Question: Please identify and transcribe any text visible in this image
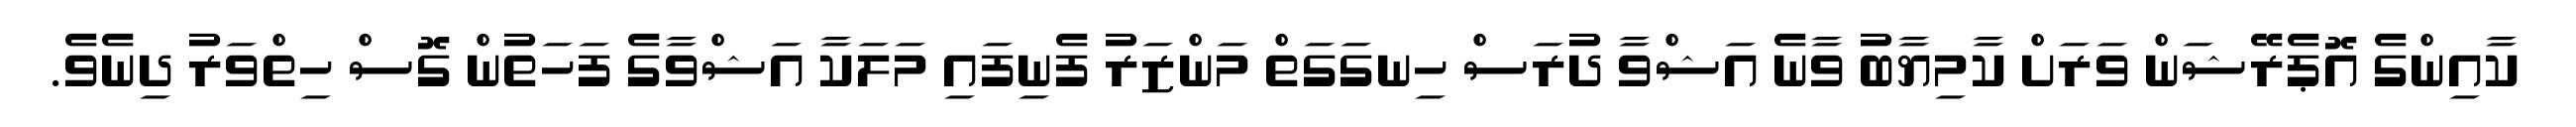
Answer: ކާއިންގެ އޮޕެރޭޝަން ވަރަށް ކާމިޔާބު ވާނެ އަޝްވާ ދުރަސް ހިނގަގަތް މަންޒަރު ފެނިފައި މަލަކާ އަޝްވާގެ ފަހަތުން ގޮސް ހިތްވަރު ދިނެވެ.